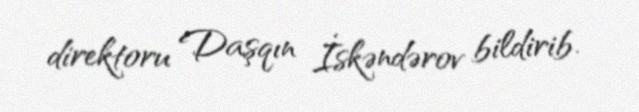
direktoru Daşqın İskəndərov bildirib.